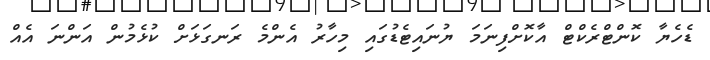
ޑެހެޔާ ކޮންޓްރެކްޓް އާކޮށްފިނަމަ ޔުނައިޓެޑުގައި މިހާރު އެންމެ ރަނގަޅަށް ކުޅެމުން އަންނަ އެއް